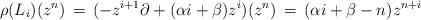
LaTeX: \begin{align*}\rho(L_i)(z^n)\,=\, (-z^{i+1}\partial +(\alpha i +\beta)z^i)(z^n)\,=\, (\alpha i + \beta -n) z^{n+i}\end{align*}